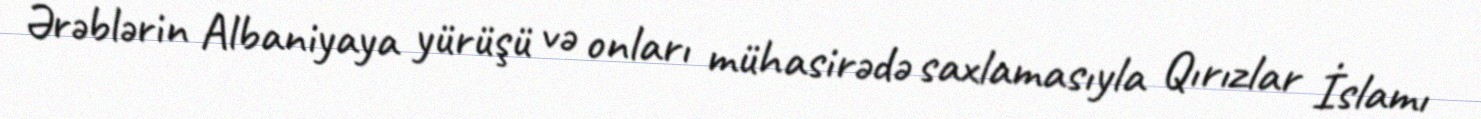
Ərəblərin Albaniyaya yürüşü və onları mühasirədə saxlamasıyla Qırızlar İslamı